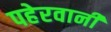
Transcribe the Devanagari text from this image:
पहेरवानी